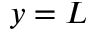
y = L